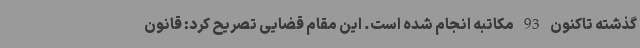
گذشته تاکنون 93 مکاتبه انجام شده است. این مقام قضایی تصریح کرد: قانون